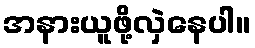
အနားယူဖို့လှဲနေပါ။